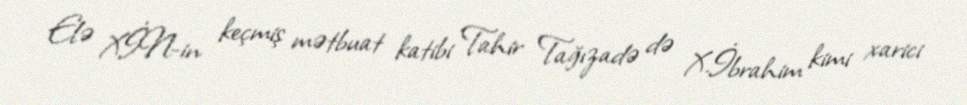
Elə XİN-in keçmiş mətbuat katibi Tahir Tağızadə də X.İbrahim kimi xarici